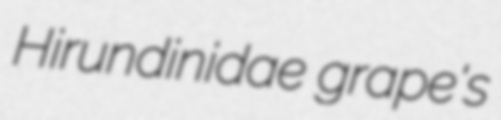
Hirundinidae grape's